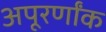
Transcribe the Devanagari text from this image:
अपूरर्णांक